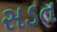
સડત